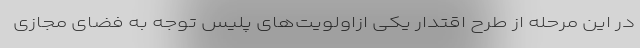
در این مرحله از طرح اقتدار یکی ازاولویت‌های پلیس توجه به فضای مجازی